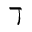
\daleth